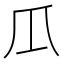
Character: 𤓰